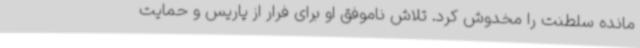
مانده سلطنت را مخدوش کرد. تلاش ناموفق او برای فرار از پاریس و حمایت